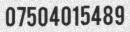
07504015489